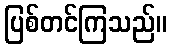
ပြစ်တင်ကြသည်။